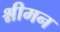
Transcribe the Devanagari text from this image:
श्नीमन